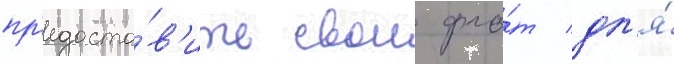
пр'едоста́в'ить свои фло́т дл'я́